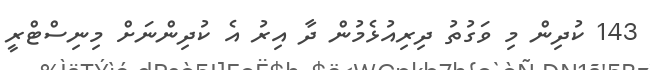
143 ކުދިން މި ވަގުތު ދިރިއުޅެމުން ދާ އިރު އެ ކުދިންނަށް މިނިސްޓްރީ